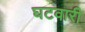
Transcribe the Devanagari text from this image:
घटवारी